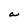
Character: a